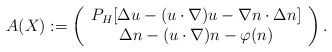
\begin{align*}A(X) :=\left(\begin{array}{c} P_H [ \Delta u - (u\cdot \nabla) u - \nabla n \cdot \Delta n ] \\\Delta n - (u\cdot \nabla) n - \varphi(n)\end{array}\right).\end{align*}